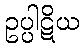
ဥပ္ပါဋိယ